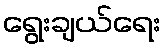
ရွေးချယ်ရေး